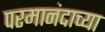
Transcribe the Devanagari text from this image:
परमानंदाच्या